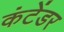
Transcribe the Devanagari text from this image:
कंटेंडर